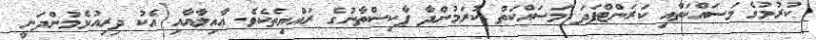
ކުރުމުގެ މަސައްކަތާއި ކަރަންޓްފަދަ މަސައްކަތް ކުރަމުންދާ ޕާކިސްތާނުގެ ރައްޔިތެކެވެ. ޢާއިލާއާއި އެކު ދިރިއުޅެމުންދަނީ